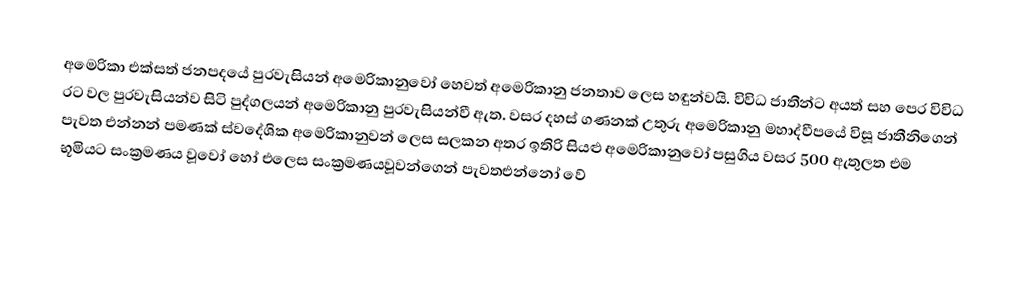
අමෙරිකා එක්සත් ජනපදයේ පුරවැසියන් අමෙරිකානුවෝ හෙවත් අමෙරිකානු ජනතාව ලෙස හඳුන්වයි. විවිධ ජාතීන්ට අයත් සහ පෙර විවිධ රට වල පුරවැසියන්ව සිටි පුද්ගලයන් අමෙරිකානු පුරවැසියන්වී ඇත. වසර දහස් ගණනක් උතුරු අමෙරිකානු මහාද්වීපයේ විසූ ජාතීනිගෙන් පැවත එන්නන් පමණක් ස්වදේශික අමෙරිකානුවන් ලෙස සලකන අතර ඉතිරි සියළු අමෙරිකානුවෝ පසුගිය වසර 500 ඇතුලත එම භූමියට සංක්‍රමණය වූවෝ හෝ එලෙස  සංක්‍රමණයවූවන්ගෙන් පැවතඑන්නෝ වේ